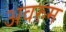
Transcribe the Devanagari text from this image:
अवरुम